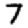
Digit: 7